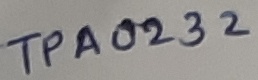
Text: TPA0232